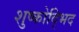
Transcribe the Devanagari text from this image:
शुष्कोद्भिद